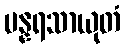
ပန္နရသာယုတံ